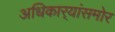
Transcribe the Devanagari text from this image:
अधिकार्‍यांसमोर